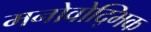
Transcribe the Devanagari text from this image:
मनोवोद्भिक